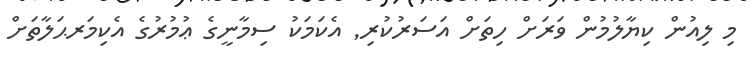
މި ލިއުން ކިޔާލުމުން ވަރަށް ހިތަށް އަސަރުކުރި